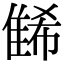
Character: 𨿛